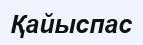
Қайыспас